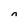
Character: n